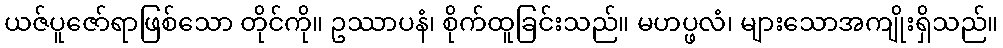
ယဇ်ပူဇော်ရာဖြစ်သော တိုင်ကို။ ဥဿာပနံ၊ စိုက်ထူခြင်းသည်။ မဟပ္ဖလံ၊ များသောအကျိုးရှိသည်။